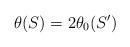
LaTeX: \begin{align*} \theta(S)=2\theta_0(S') \end{align*}